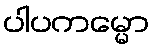
ပါပကမ္မော